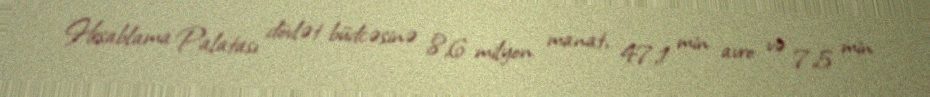
Hesablama Palatası dövlət büdcəsinə 8,6 milyon manat, 47,1 min avro və 7,5 min